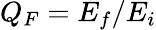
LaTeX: Q_{F}=E_{f}/E_{i}